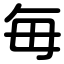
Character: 毎